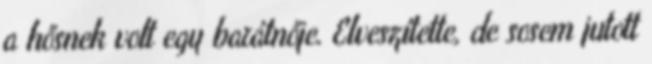
a hősnek volt egy barátnője. Elveszítette, de sosem jutott